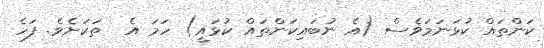
ކަންތައް ކުޅަނަމަވެސް (އެ ނުބައިކަންތައް ކުޅައީ) ހަމަ އެ  ތަކަށެވެ. ފަހެ